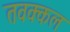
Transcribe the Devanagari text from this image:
तवक्कल